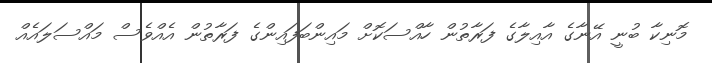
މޮނިކާ ބުނީ އޭނާގެ އާއިލާގެ ފަރާތުން ހާއްސަކޮށް މައިންބަފައިންގެ ފަރާތުން އެއްވެސް މައްސަލައެއް